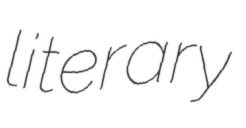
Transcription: literary